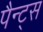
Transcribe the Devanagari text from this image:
पैन्ट्स